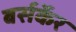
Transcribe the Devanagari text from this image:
बर्सर्केर